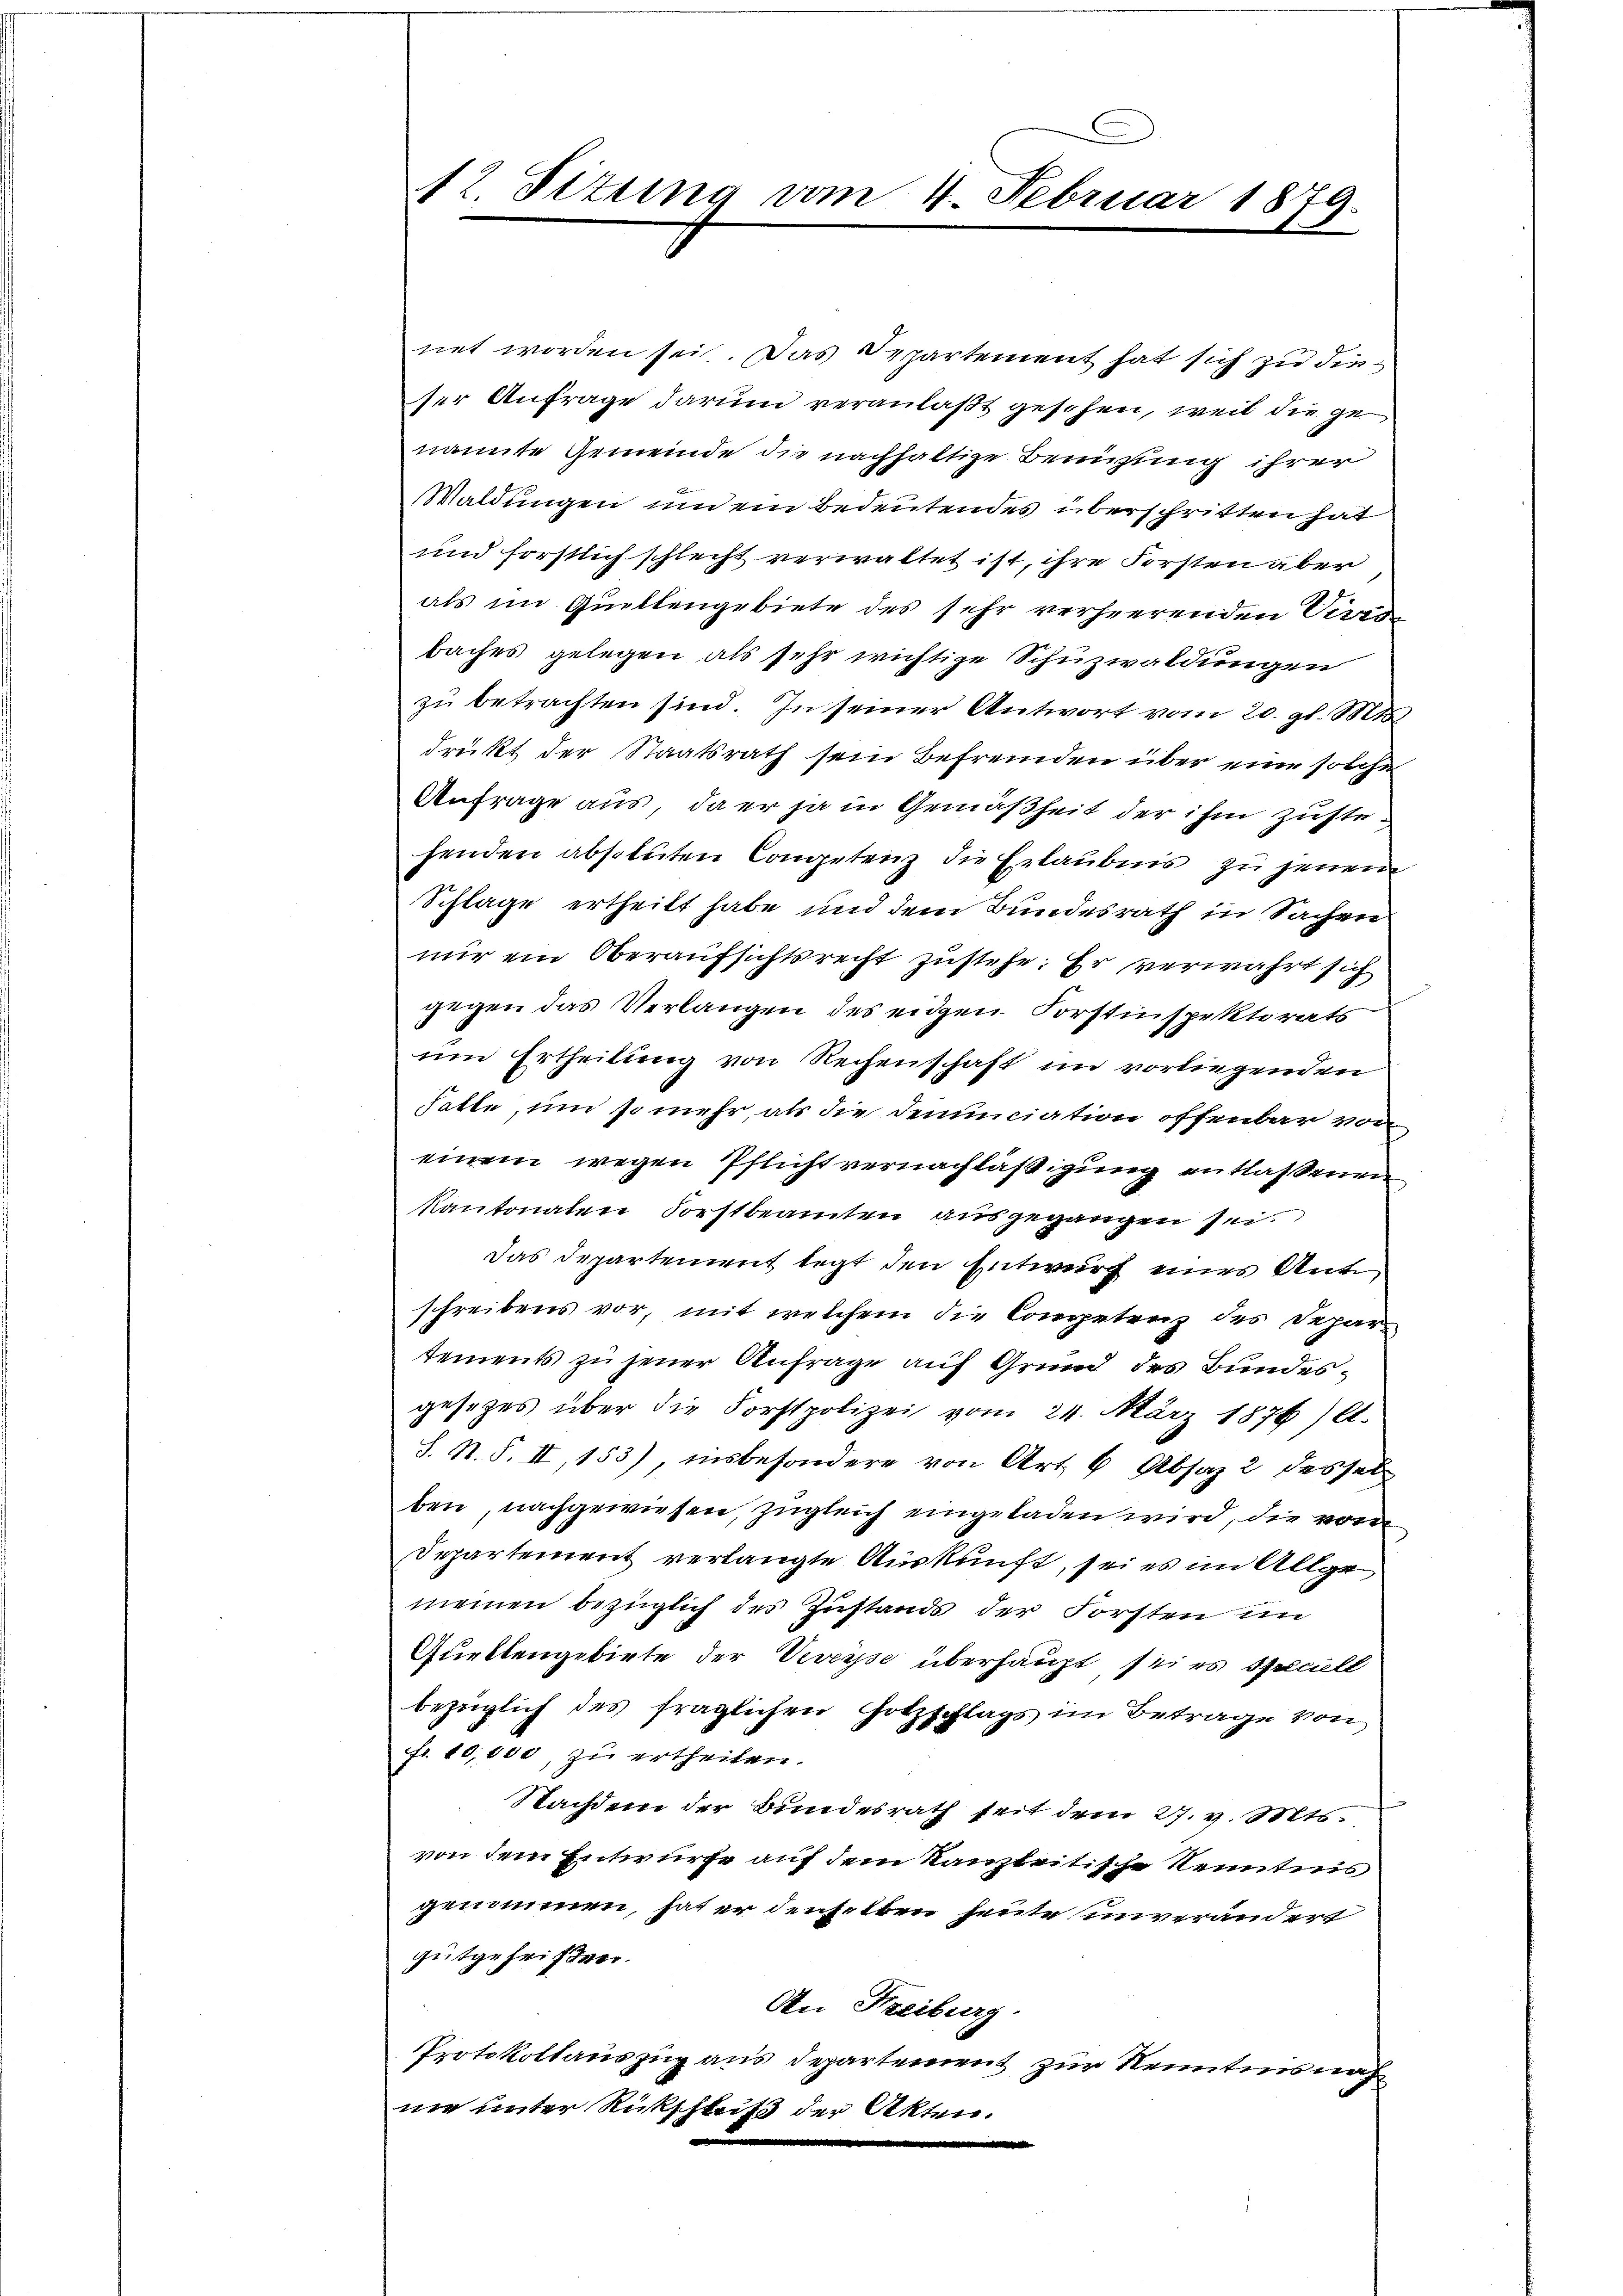
12. Sizung vom 4. Februar 1879.

net worden sei. Das Departement hat sich zu dieser Anfrage darum veranlaßt gesehen, weil die genannte Gemeinde die nachhaltige Benizung ihrer
Waldungen und ein Bedeutendes überschritten hat
und forstlich schlecht verwaltet ist, ihre Forsten aber
als im Quellengebiete des sehr verheerenden Verer
baches gelegen als sehr wichtige Schuzwaldungen
zu betrachten sind. In seiner Antwort vom 20. gl. Mt
drukt der Staatsrath sein Befremden über eine solche
Anfrage aus, da er ja in Gemäßheit der ihm zustehenden absoluten Congetenz die Erlaubnis zu jenem
Schlage ertheilt habe und dem Bundesrath in Sachen
nur ein Oberaufsichtsrecht zustehe. Er verwahrt sich
gegen das Verlangen des eidgen. Forstinspektorats
um Ertheilung von Rechenschaft im vorliegenden
hatte, um so mehr, als die Denunciation offenbar von
einem wegen Pflichtvernachläßigung entlassenen
Kantonalen Forstbeamten ausgegangen sei
Das Departement legt den Entwurf eines Ant
schreibens vor, mit welchem die Competenz des Departements zu jener Anfrage auf Grund des Bundesgesetzes über die Forstpolizei vom 24. März 1876) lt.
S. S. S. II, 153), insbesondere von Art. 6 Absaz 2 dessel
ben, nachgewiesen, zugleich eingeladen wird, die vom
Departement verlangte Auskunft, sei es im Allge
meinen bezüglich des Zustands der Forsten im
Quettengebiete der Veveyse überhaupt, sei es speciell
bezüglich des fraglichen Gotzschlags im Betrage von
fr. 10,000, zu ertheilen.
Nachdem der Bundesrath seit dem 27. v. Mts.
von dem Entwurfe auf dem Kanzleitische Kenntnis
genommen, hat er denselben heute inverändert
gutgefristen.
An Freiburg.
Protokollauszug aus Departement zur Kenntnis nach
nie unter Rückschluß der Akten.